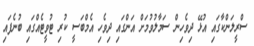
ސްރީލަންކާގައި އުޅޭ ދިވެހިން ސަމާލުވުމަށް އަންގައި ދިވެހި އެމްބަސީ ކުރި ޓުވީޓެއްގައި ބުނެފައި